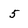
Character: 5